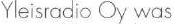
Yleisradio Oy was